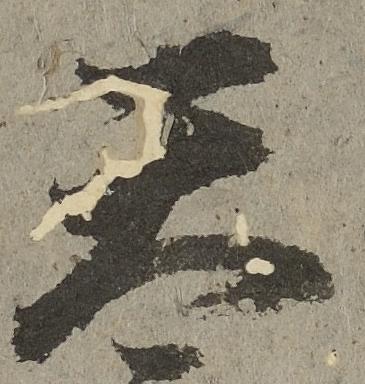
天